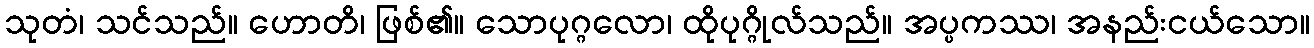
သုတံ၊ သင်သည်။ ဟောတိ၊ ဖြစ်၏။ သောပုဂ္ဂလော၊ ထိုပုဂ္ဂိုလ်သည်။ အပ္ပကဿ၊ အနည်းငယ်သော။